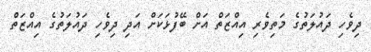
ދިވެހި ދައުލަތުގެ މަތިވެރި އިއްޒަތް އަށް ބޭފުޅަކަށް އަދި ދިވެހި ދައުލަތުގެ އިއްޒަތް